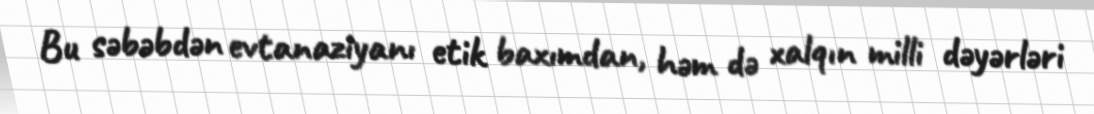
Bu səbəbdən evtanaziyanı etik baxımdan, həm də xalqın milli dəyərləri